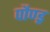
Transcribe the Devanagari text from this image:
पौण्ड्र